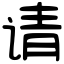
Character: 请